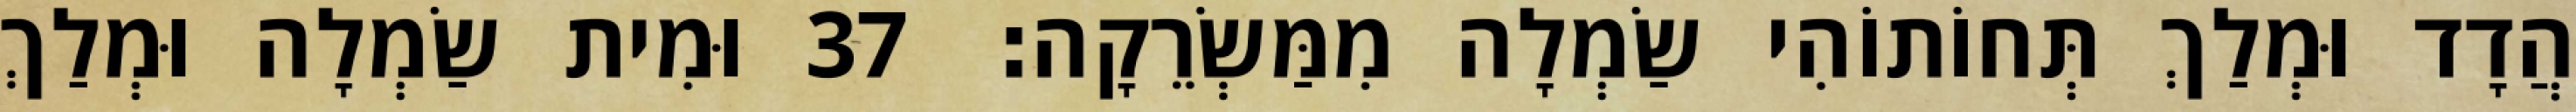
הֲדָד וּמְלַךְ תְּחוֹתוֹהִי שַׂמְלָה מִמַּשְׂרֵקָה׃ 37 וּמִית שַׂמְלָה וּמְלַךְ